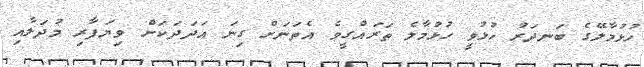
ހުޅުމާލޭގެ ބަނދަރު ހުޅުވީ ހުޅުމާލެ ތަރައްގީވެ އެތަނަށް ގިނަ އަދަދަކަށް ވިޔަފާރި މުދަލާއި